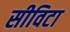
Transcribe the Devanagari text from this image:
सीविटा